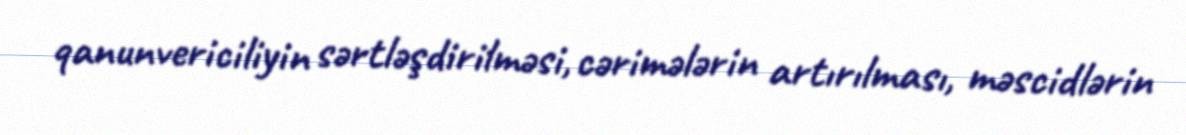
qanunvericiliyin sərtləşdirilməsi, cərimələrin artırılması, məscidlərin